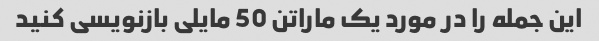
این جمله را در مورد یک ماراتن 50 مایلی بازنویسی کنید